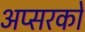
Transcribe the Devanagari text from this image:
अप्सरकों